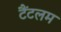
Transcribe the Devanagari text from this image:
टैंटलम